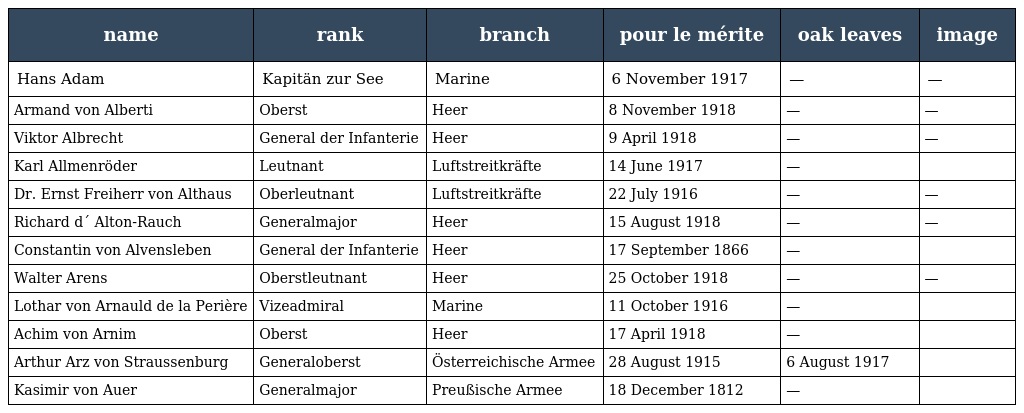
| name | rank | branch | pour le mérite | oak leaves | image |
 | --- | --- | --- | --- | --- | --- |
 | Hans Adam | Kapitän zur See | Marine | 6 November 1917 | — | — |
 | Armand von Alberti | Oberst | Heer | 8 November 1918 | — | — |
 | Viktor Albrecht | General der Infanterie | Heer | 9 April 1918 | — | — |
 | Karl Allmenröder | Leutnant | Luftstreitkräfte | 14 June 1917 | — |  |
 | Dr. Ernst Freiherr von Althaus | Oberleutnant | Luftstreitkräfte | 22 July 1916 | — | — |
 | Richard d´ Alton-Rauch | Generalmajor | Heer | 15 August 1918 | — | — |
 | Constantin von Alvensleben | General der Infanterie | Heer | 17 September 1866 | — |  |
 | Walter Arens | Oberstleutnant | Heer | 25 October 1918 | — | — |
 | Lothar von Arnauld de la Perière | Vizeadmiral | Marine | 11 October 1916 | — |  |
 | Achim von Arnim | Oberst | Heer | 17 April 1918 | — |  |
 | Arthur Arz von Straussenburg | Generaloberst | Österreichische Armee | 28 August 1915 | 6 August 1917 |  |
 | Kasimir von Auer | Generalmajor | Preußische Armee | 18 December 1812 | — |  |